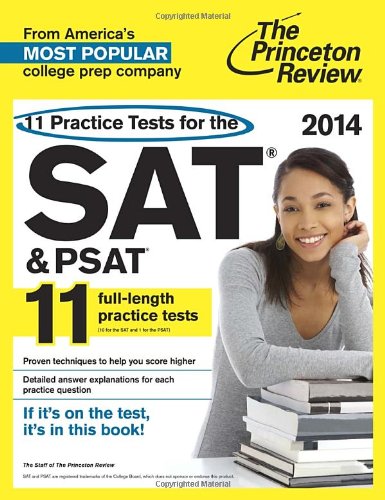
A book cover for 11 Practice Tests for the SAT and PSAT, 2014 Edition (College Test Preparation); Princeton Review; Test Preparation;